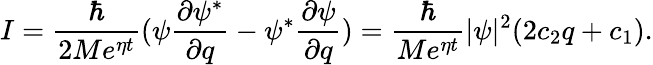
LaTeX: I=\frac\hbar{2Me^{\eta t}}(\psi\frac{\partial\psi^{*}}{\partial q}-\psi^{*}\frac{\partial\psi}{\partial q})=\frac\hbar{Me^{\eta t}}|\psi|^{2}(2c_{2}q+c_{1}).